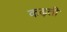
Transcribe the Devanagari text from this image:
कढ़ती